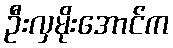
ဦးလှမိုးအောင်က